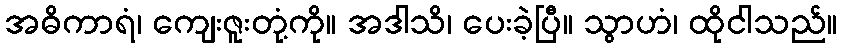
အဓိကာရံ၊ ကျေးဇူးတုံ့ကို။ အဒါသိ၊ ပေးခဲ့ပြီ။ သွာဟံ၊ ထိုငါသည်။